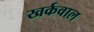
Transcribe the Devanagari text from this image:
खर्कवाल